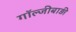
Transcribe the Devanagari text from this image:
गॉल्जीबाड़ी